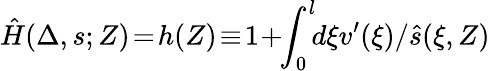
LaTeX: \hat{H}(\Delta,s;Z)\! =\! h(Z)\! \equiv\! 1\! +\! \! \int_{0}^{l}\! \! d\xi v^{\prime}(\xi)/\hat{s}(\xi,Z)